Civil Veterinary Dept. Bombay admin report 1893-99 - 1893-1899
Year: 1893
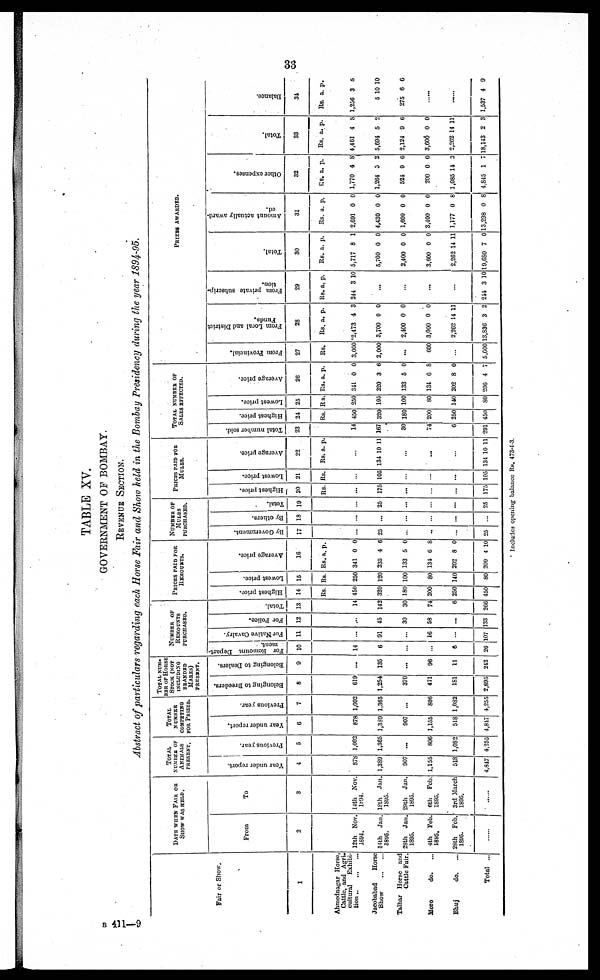
33
TABLE XV.
GOVERNMENT OF BOMBAY.
REVENUE SECTION.
Abstract of particulars regarding each Horse Fair and Show held in the Bombay Presidency during the year 1894-95.
Fair or Show.
1
Ahmednagar Horse,
Cattle, and Agri.
cultural
Exhibi-
tion
Jacobabad
Horse
Show
Talhar Horse and
Cattle Fair.
Moro
do. ...
Bhuj
do. ...
Total ...
DATE WHEN FAIR OR
SHOW WAS
HELD.
From
2
12th Nov.
1894.
14th Jan.
1895.
28th Jan.
1885.
4th Feb.
1895.
28th Feb.
1895.
To
3
14th Nov.
1894.
18th Jan.
1895.
29th Jan.
1895.
6th Feb.
1895.
3rd March
1895.
TOTAL
NUMBER OF
ANIMALS
PRESENT.
Year under report.
4
878
1,389
907
1,155
518
4,847
Previous year.
5
1,002
1,365
...
806
1.082
4,255
TOTAL
NUMBER
COMPETING
FOR PRIZES.
Year under report.
6
878
1,389
907
1,155
518
4,847
Previous year.
7
1,002
1,365
...
806
1,082
4,255
TOTAL NUM-
BER OF HORSE
STOCK (NOT
INCLUDING
BRANDED
MARES)
PRESENT.
Belonging to Breeders.
8
619
1,254
370
471
181
2,895
Belonging to Dealers.
9
...
135
...
96
11
242
NUMBER OF
REMOUNTS
PURCHASED.
For Remount Depart-
ment.
10
14
6
...
...
6
26
For Native Cavalry.
11
...
91
...
16
...
107
For Police.
12
...
45
30
58
...
133
Total.
13
14
142
30
74
6
266
PRICES PAID FOR
REMOUNTS.
Highest price.
14
Rs.
450
320
180
200
250
450
Lowest price.
15
Rs.
250
120
100
80
140
80
Average price.
16
Rs.
341
335
133
134
202
209
a.
0
4
5
6
8
4
p.
0
6
0
8
0
10
NUMBER OF
MULES
PURCHASED
By Government.
17
...
25
...
...
...
25
By others.
18
...
...
...
...
Total.
19
...
25
...
...
...
25
PRICE PAID FOR
MULES
Highest price.
20
Rs.
...
175
...
...
...
175
Lowest price.
21
Rs.
...
105
...
...
...
105
Average price.
22
Rs. a. p.
...
134 10 11
...
...
...
134 10 1 1
TOTAL NUMBER OF
SALES EFFECTED.
Total number sold.
23
14
167
30
74
6
291
Highest price.
24
Rs.
450
320
180
200
250
450
Lowest price.
25
Rs.
250
103
100
80
140
80
Ave r
a ge price
.
2
6
Rs.
341
220
133
134
202
206
a. p
0
3
5
6
8
4
.
0
6
0
8
0
7
PRIZES AWARDED.
From Provincial.
27
Rs.
3,000
2,000
...
600
...
5,600
Fr om Local and Di st r i
ct
Funds.
28
Rs.
2,473
3,700
2,400
3,000
2,262
13,836
a.
4
0
0
0
14
3
p.
3
0
0
0
11
2
From private subscrip-
tion.
29
Rs.
244
a.
3
p.
10
...
...
...
...
244 3 10
Total.
30
Rs.
5,717
5,700
2,400
3,600
2,262
19,680
a.
8
0
0
0
14
7
p.
1
0
0
0
11
0
Amount actually award-
ed.
31
Rs.
2,691
4,430
1,600
3,400
1,177
13,298
a.
0
0
0
0
0
0
p.
0
0
0
0
8
8
Other expenses.
32
Rs.
1,770
1,264
524
200
1,085
4.845
a.
4
5
9
0
14
1
p.
8
2
6
0
3
7
Total.
33
Rs.
4,461
5,694
2,124
3,600
2,262
18,143
a.
4
5
9
0
14
2
p.
8
2
6
0
11
3
Balance.
34
Rs.
1,256
5
275
......
......
1,537
a.
3
10
6
4
p.
6
10
6
9
Includes opening balance Rs. 473-4-3.
B 411—9